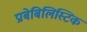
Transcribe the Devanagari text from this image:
प्राबेबिलिस्टिक